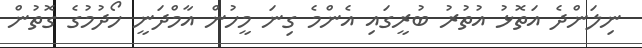
ނިލަންދެ އަތޮޅު އުތުރު ބުރީގައި އެންމެ ގިނަ މީހުން އާމްދަނީ ހޯދުމުގެ ގޮތުން